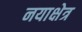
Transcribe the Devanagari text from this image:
नयाक्षेत्र